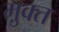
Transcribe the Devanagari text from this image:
मु़क्त